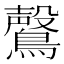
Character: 𮭑